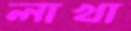
লাখা